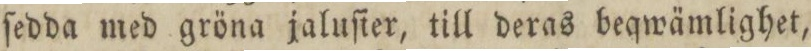
ſedda med gröna jaluſier, till deras beqwämlighet,